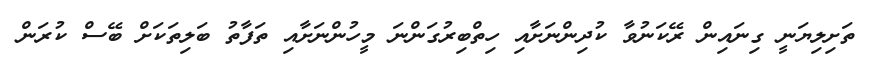
ތަށިލިޔަނީ ގިނައިން ރޭކަނުވާ ކުދިންނަށާއި ހިތްބިރުގަންނަ މީހުންނަށާއި ތަފާތު ބަލިތަކަށް ބޭސް ކުރަން